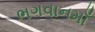
ભગવાનમાઁ